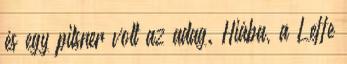
és egy pilsner volt az adag. Hiába, a Leffe